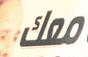
معك